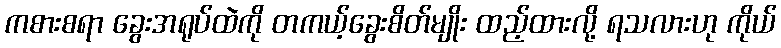
ကစားစရာ ခွေးအရုပ်ထဲကို တကယ့်ခွေးစိတ်မျိုး ထည့်ထားလို့ ရသလားဟု ကိုယ်